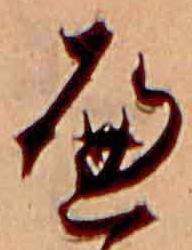
へ